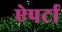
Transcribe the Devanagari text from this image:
ऐपर्टा